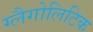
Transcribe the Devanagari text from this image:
ग्लैगोलिटिक